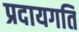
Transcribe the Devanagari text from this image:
प्रदायगति